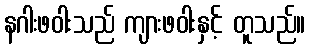
နဂါးဖဝါးသည် ကျားဖဝါးနှင့် တူသည်။